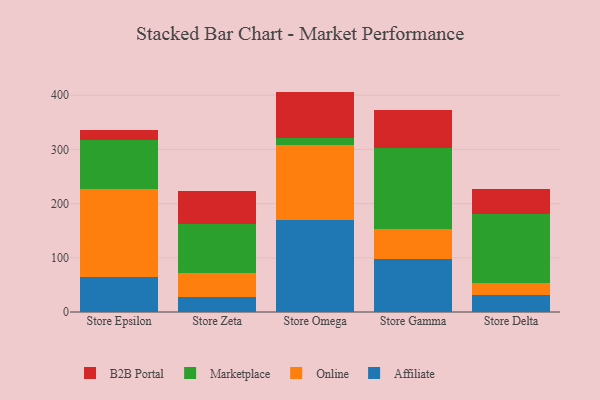
{"axis": {"x": "Store", "y": "Demand Index"}, "legend": ["Affiliate", "B2B Portal", "Marketplace", "Online"], "data": [{"x": "Store Epsilon", "y": 65.0, "type": "Affiliate"}, {"x": "Store Epsilon", "y": 161.8, "type": "Online"}, {"x": "Store Epsilon", "y": 91.0, "type": "Marketplace"}, {"x": "Store Epsilon", "y": 18.2, "type": "B2B Portal"}, {"x": "Store Zeta", "y": 26.9, "type": "Affiliate"}, {"x": "Store Zeta", "y": 44.4, "type": "Online"}, {"x": "Store Zeta", "y": 90.4, "type": "Marketplace"}, {"x": "Store Zeta", "y": 62.4, "type": "B2B Portal"}, {"x": "Store Omega", "y": 170.0, "type": "Affiliate"}, {"x": "Store Omega", "y": 138.0, "type": "Online"}, {"x": "Store Omega", "y": 14.0, "type": "Marketplace"}, {"x": "Store Omega", "y": 84.7, "type": "B2B Portal"}, {"x": "Store Gamma", "y": 96.9, "type": "Affiliate"}, {"x": "Store Gamma", "y": 55.5, "type": "Online"}, {"x": "Store Gamma", "y": 150.6, "type": "Marketplace"}, {"x": "Store Gamma", "y": 69.8, "type": "B2B Portal"}, {"x": "Store Delta", "y": 31.9, "type": "Affiliate"}, {"x": "Store Delta", "y": 21.7, "type": "Online"}, {"x": "Store Delta", "y": 126.7, "type": "Marketplace"}, {"x": "Store Delta", "y": 45.9, "type": "B2B Portal"}]}